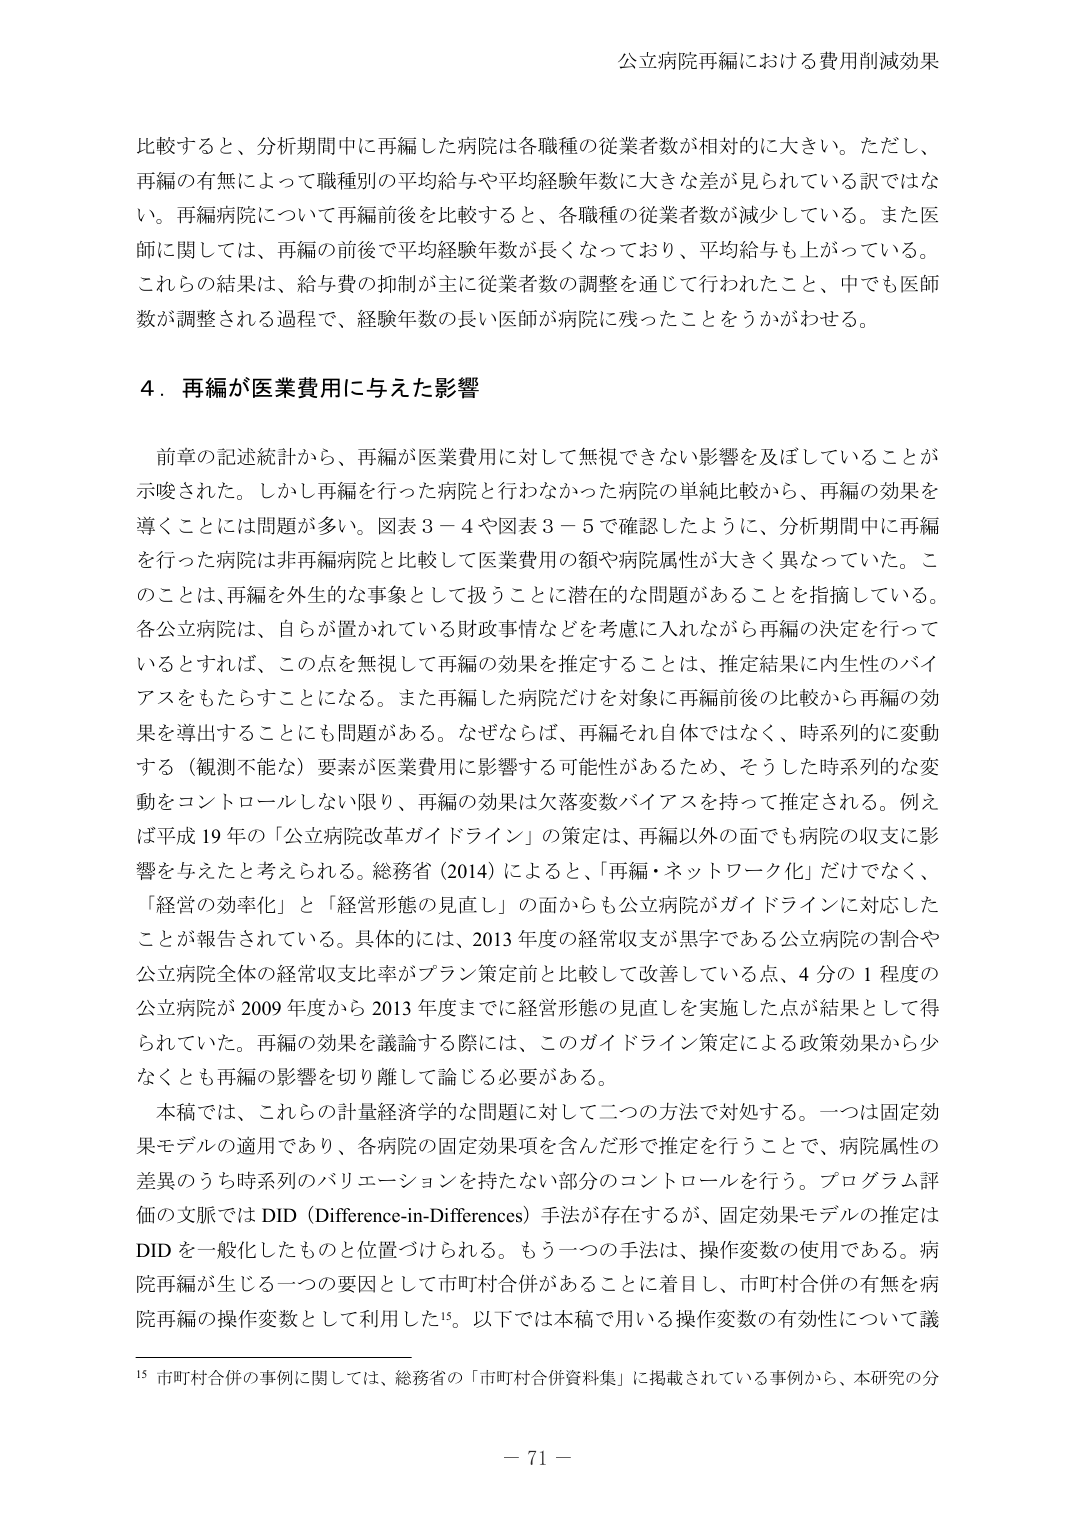
公立病院再編における費用削減効果

比較すると、分析期間中に再編した病院は各職種の従業者数が相対的に大きい。ただし、再編の有無によって職種別の平均給与や平均経験年数に大きな差が見られている訳ではない。再編病院について再編前後を比較すると、各職種の従業者数が減少している。また医師に関しては、再編の前後で平均経験年数が長くなっており、平均給与も上がっている。これらの結果は、給与費の抑制が主に従業者数の調整を通じて行われたこと、中でも医師数が調整される過程で、経験年数の長い医師が病院に残ったことをうかがわせる。

４．再編が医業費用に与えた影響

前章の記述統計から、再編が医業費用に対して無視できない影響を及ぼしていることが示唆された。しかし再編を行った病院と行わなかった病院の単純比較から、再編の効果を導くことには問題が多い。図表３－４や図表３－５で確認したように、分析期間中に再編を行った病院は非再編病院と比較して医業費用の額や病院属性が大きく異なっていた。このことは、再編を外生的な事象として扱うことに潜在的な問題があることを指摘している。各公立病院は、自らが置かれている財政事情などを考慮に入れながら再編の決定を行っているとすれば、この点を無視して再編の効果を推定することは、推定結果に内生性のバイアスをもたらすことになる。また再編した病院だけを対象に再編前後の比較から再編の効果を導出することにも問題がある。なぜならば、再編それ自体ではなく、時系列的に変動する（観測不能な）要素が医業費用に影響する可能性があるため、そうした時系列的な変動をコントロールしない限り、再編の効果は欠落変数バイアスを持って推定される。例えば平成19年の「公立病院改革ガイドライン」の策定は、再編以外の面でも病院の収支に影響を与えたと考えられる。総務省（2014）によると、「再編・ネットワーク化」だけでなく、「経営の効率化」と「経営形態の見直し」の面からも公立病院がガイドラインに対応したことが報告されている。具体的には、2013年度の経常収支が黒字である公立病院の割合や公立病院全体の経常収支比率がプラン策定前と比較して改善している点、4分の1程度の公立病院が2009年度から2013年度までに経営形態の見直しを実施した点が結果として得られていた。再編の効果を議論する際には、このガイドライン策定による政策効果から少なくとも再編の影響を切り離して論じる必要がある。

本稿では、これらの計量経済学的な問題に対して二つの方法で対処する。一つは固定効果モデルの適用であり、各病院の固定効果項を含んだ形で推定を行うことで、病院属性の差異のうち時系列のバリエーションを持たない部分のコントロールを行う。プログラム評価の文脈ではDID（Difference-in-Differences）手法が存在するが、固定効果モデルの推定はDIDを一般化したものと位置づけられる。もう一つの手法は、操作変数の使用である。病院再編が生じる一つの要因として市町村合併があることに着目し、市町村合併の有無を病院再編の操作変数として利用した15。以下では本稿で用いる操作変数の有効性について議

15 市町村合併の事例に関しては、総務省の「市町村合併資料集」に掲載されている事例から、本研究の分

－ 71 －